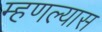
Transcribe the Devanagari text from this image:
म्हणल्यास